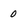
Character: 0